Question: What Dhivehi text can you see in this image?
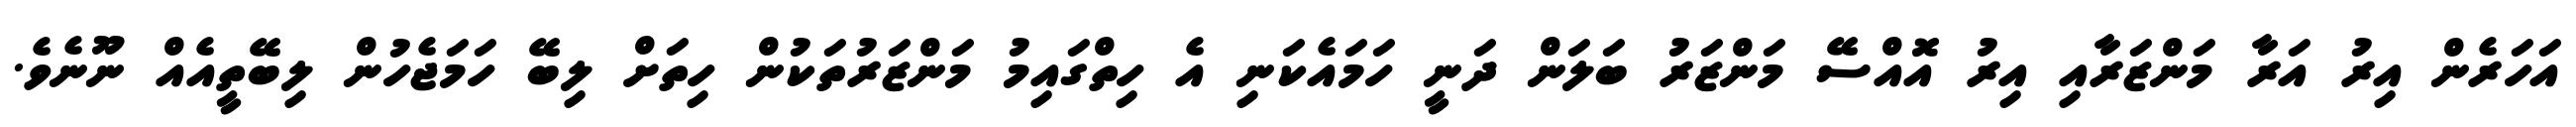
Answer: އަހަރެން އިރު އަރާ މަންޒަރާއި އިރު އޮއްސޭ މަންޒަރު ބަލަން ދަނީ ހަމައެކަނި އެ ހިތްގައިމު މަންޒަރުތަކުން ހިތަށް ލިބޭ ހަމަޖެހުން ލިބޭތީއެއް ނޫނެވެ.